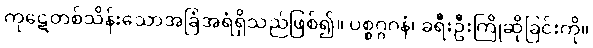
ကုဋေတစ်သိန်းသောအခြံအရံရှိသည်ဖြစ်၍။ ပစ္စဂ္ဂဂနံ၊ ခရီးဦးကြိုဆိုခြင်းကို။